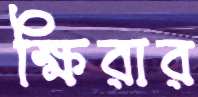
ক্ষিরার